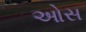
ઓસ